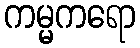
ကမ္မကရော